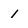
Character: 1